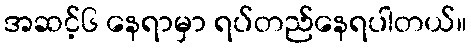
အဆင့်၆ နေရာမှာ ရပ်တည်နေရပါတယ်။